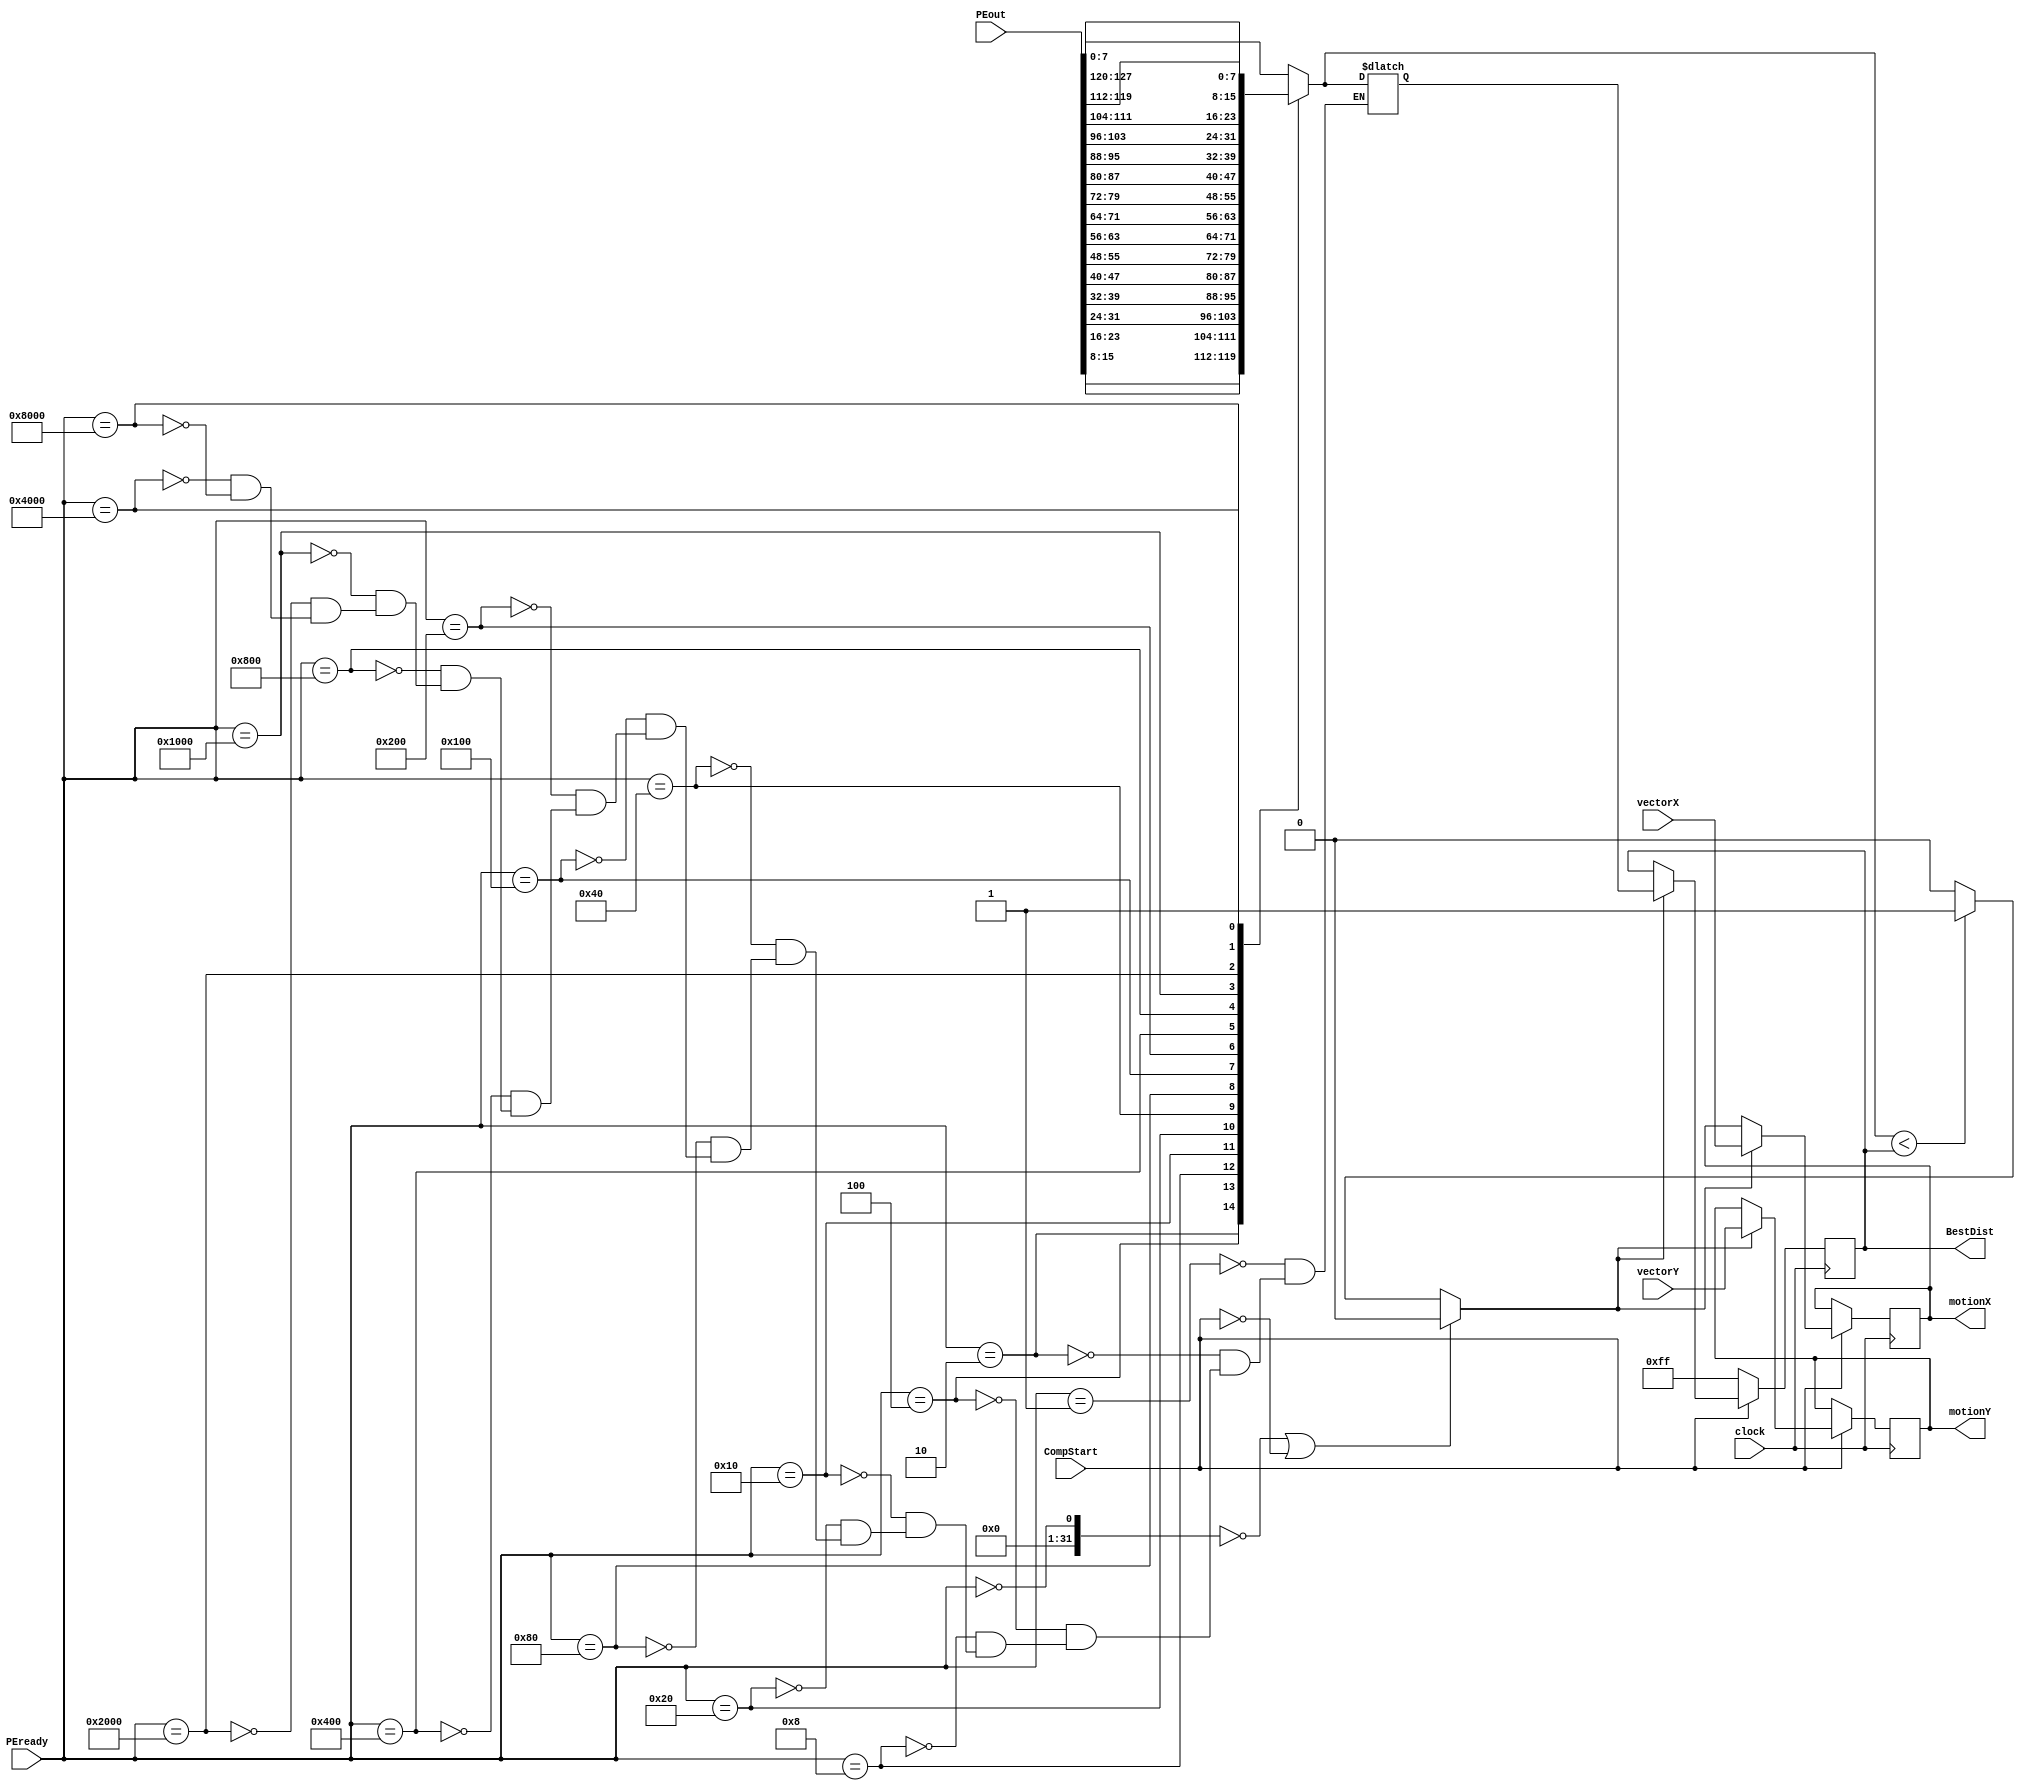
module Comparator(clock,CompStart,PEout,PEready,vectorX,vectorY,BestDist,motionX,motionY);
input clock;
input CompStart;
input [8*16-1:0] PEout;
input [15:0] PEready;
input [3:0] vectorX,vectorY;
output [7:0] BestDist;
output [3:0] motionX,motionY;
reg [7:0] BestDist,newDist;
reg [3:0] motionX,motionY;
reg newBest;

always@(posedge clock)
  if(CompStart==0) BestDist<=8'hff;
  else if(newBest==1)
  begin
     BestDist<=newDist;
     motionX<=vectorX;
     motionY<=vectorY;
  end
  
always@(BestDist or PEout or PEready)
begin
   // newDist=PEout [PEready*8+7:PEready*8];
       case(PEready)
         
         16'b0000000000000001: newDist=PEout[7:0];
                    
         16'b0000000000000010: newDist=PEout[15:8];
                    
         16'b0000000000000100: newDist=PEout[23:16];
                              
         16'b0000000000001000: newDist=PEout[31:24];
                              
         16'b0000000000010000: newDist=PEout[39:32];
                    
         16'b0000000000100000: newDist=PEout[47:40];
                    
         16'b0000000001000000: newDist=PEout[55:48];
                    
         16'b0000000010000000: newDist=PEout[63:56];
                    
         16'b0000000100000000: newDist=PEout[71:64];
                    
         16'b0000001000000000: newDist=PEout[79:72];
                    
         16'b0000010000000000: newDist=PEout[87:80];
                    
         16'b0000100000000000: newDist=PEout[95:88];
                    
         16'b0001000000000000: newDist=PEout[103:96];
                    
         16'b0010000000000000: newDist=PEout[111:104];
                    
         16'b0100000000000000: newDist=PEout[119:112];
                    
         16'b1000000000000000: newDist=PEout[127:120];
                    
                        
         endcase                        
       if((!PEready==0) || (CompStart==0)) newBest=0; 
    else if (newDist<BestDist) newBest=1;
else newBest=0;
end
endmodule